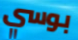
بوسي